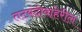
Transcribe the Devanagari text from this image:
तटबंदीबाहेरील